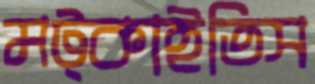
মট্‌কাইতিস